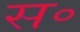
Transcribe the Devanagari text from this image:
स॰